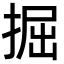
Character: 掘